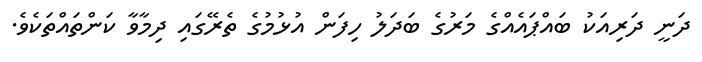
ދަނީ ދަރިއަކު ބައްޕައެއްގެ މަރުގެ ބަދަލު ހިފަން އުޅުމުގެ ތެރޭގައި ދިމާވާ ކަންތައްތަކެވެ.